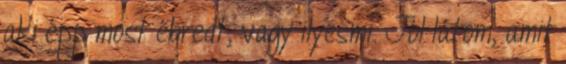
aki épp most ébredt, vagy ilyesmi. Jól látom, amit